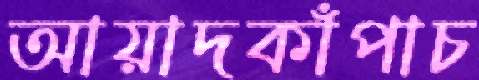
আয়াদকাঁপাচ